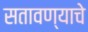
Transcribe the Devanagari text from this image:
सतावण्याचे